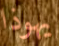
يهوذا